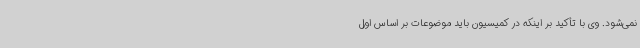
نمی‌شود. وی با تأکید بر اینکه در کمیسیون باید موضوعات بر اساس اول